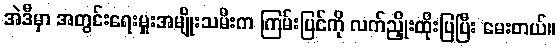
အဲဒီမှာ အတွင်းရေးမှူးအမျိုးသမီးက ကြမ်းပြင်ကို လက်ညှိုးထိုးပြပြီး မေးတယ်။